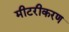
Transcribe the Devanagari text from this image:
मीटरीकरण